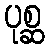
ပုစ္ဆ